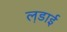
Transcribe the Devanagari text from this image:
ल़डाई